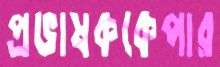
প্রভাষককেপার